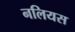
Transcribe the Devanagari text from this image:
नलियस